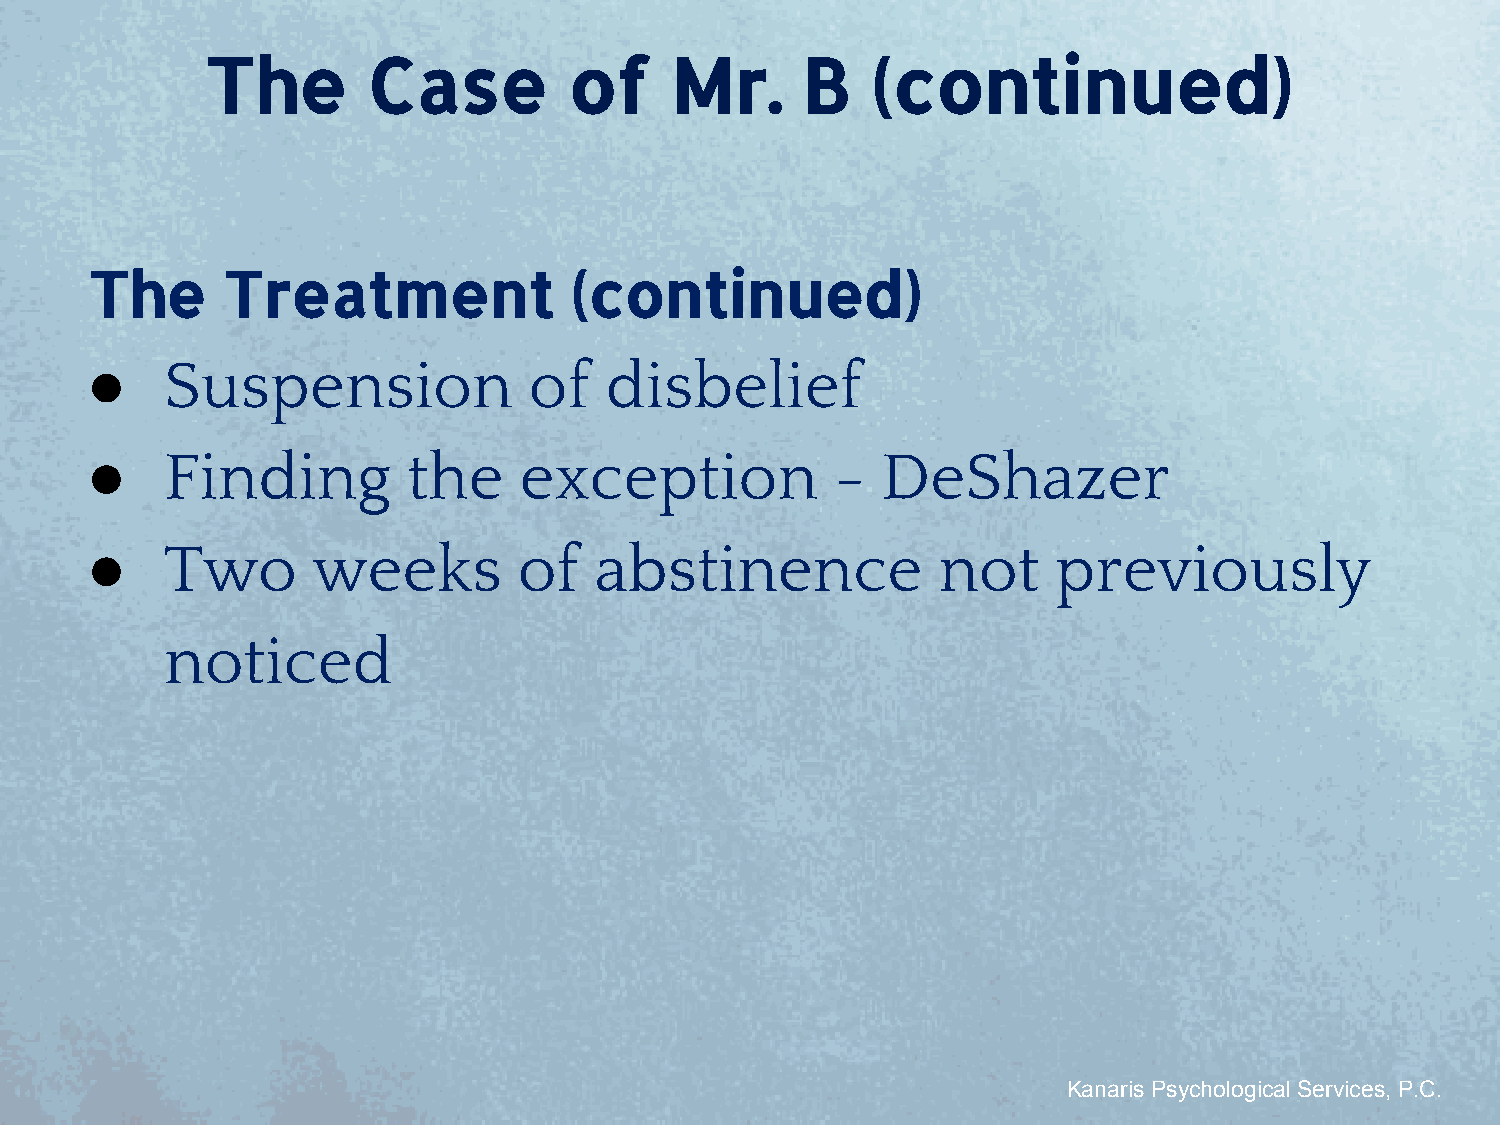
The       Case          of    Mr.      B    (continued)
 The      Treatment              (continued)
 ●    Suspension              of   disbelief
 ●    Finding         the    exception            -  DeShazer
 ●    Two       weeks        of   abstinence             not     previously
 noticed
 Kanaris Psychological Services, P.C.